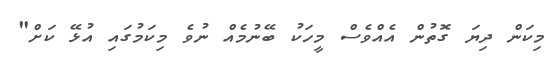
މިކަން ދިޔަ ގޮތުން އެއްވެސް މީހަކު ބޭނުމެއް ނުވެ މިކަމުގައި އުޅޭ ކަށް"